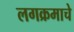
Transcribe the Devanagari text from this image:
लगक्रमाचे